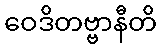
ဝေဒိတဗ္ဗာနီတိ